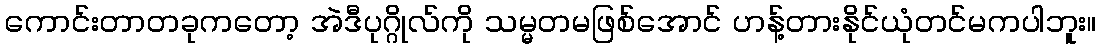
ကောင်းတာတခုကတော့ အဲဒီပုဂ္ဂိုလ်ကို သမ္မတမဖြစ်အောင် ဟန့်တားနိုင်ယုံတင်မကပါဘူး။